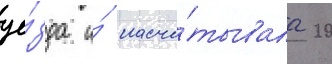
уе́зда и́ насчи́тывала 20